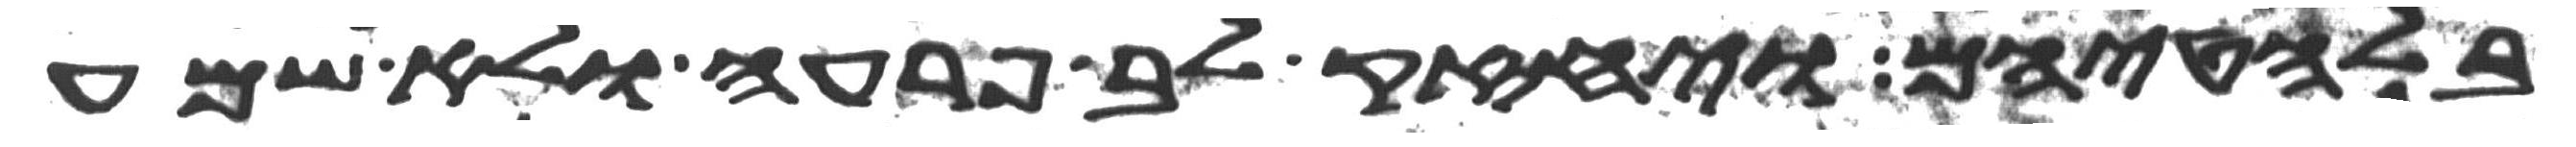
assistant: בלחטיהם ויחזק לב פרעה ולא שמע